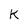
Character: k